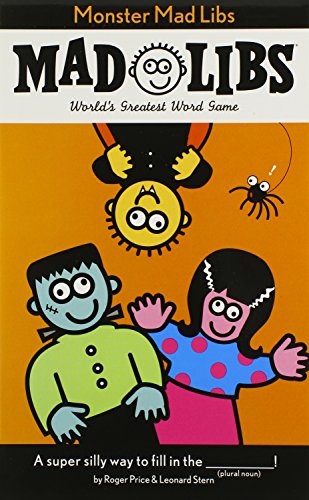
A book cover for Monster Mad Libs; Roger Price; Children's Books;